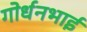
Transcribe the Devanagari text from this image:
गोर्धनभाई